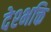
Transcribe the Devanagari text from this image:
देश्भक्ति